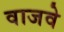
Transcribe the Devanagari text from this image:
वाजवे